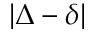
| \Delta - \delta |